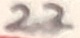
Text: 22